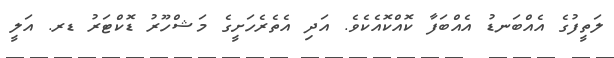
ލަތީފުގެ އެއްބަނޑު އެއްބަފާ ކޮއްކޮއެކެވެ. އަދި އެތެރެހަށީގެ މަޝްހޫރު ޑޮކްޓަރު ޑރ. އަލީ